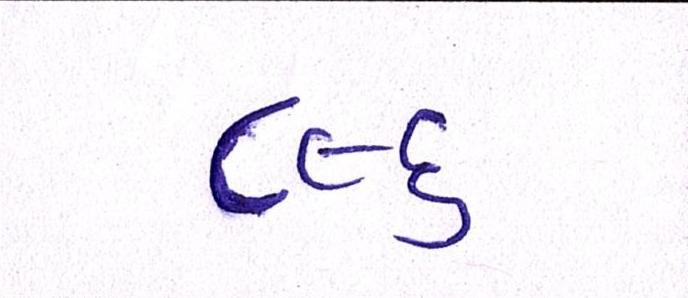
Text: ૮૯૬